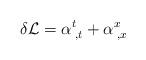
LaTeX: \begin{align*}\delta {\cal L} = \alpha^{t}_{\; ,t} + \alpha^{x}_{\; ,x}\end{align*}